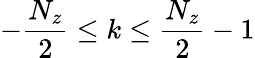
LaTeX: -\frac{N_{z}}{2}\leq k\leq\frac{N_{z}}{2}-1